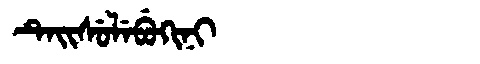
Manchu: ᡨᡝᡳᠰᡠᠯᡝᠪᡠᡴᡳᠨᡳ
Romanization: TEISULEBUKINI